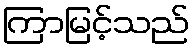
ကြာမြင့်သည်